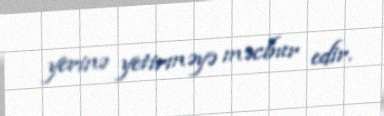
yerinə yetirməyə məcbur edir.